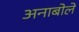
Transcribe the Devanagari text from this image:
अनाबोले